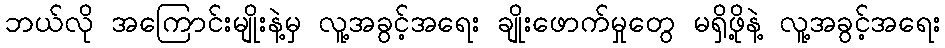
ဘယ်လို အကြောင်းမျိုးနဲ့မှ လူ့အခွင့်အရေး ချိုးဖောက်မှုတွေ မရှိဖို့နဲ့ လူ့အခွင့်အရေး